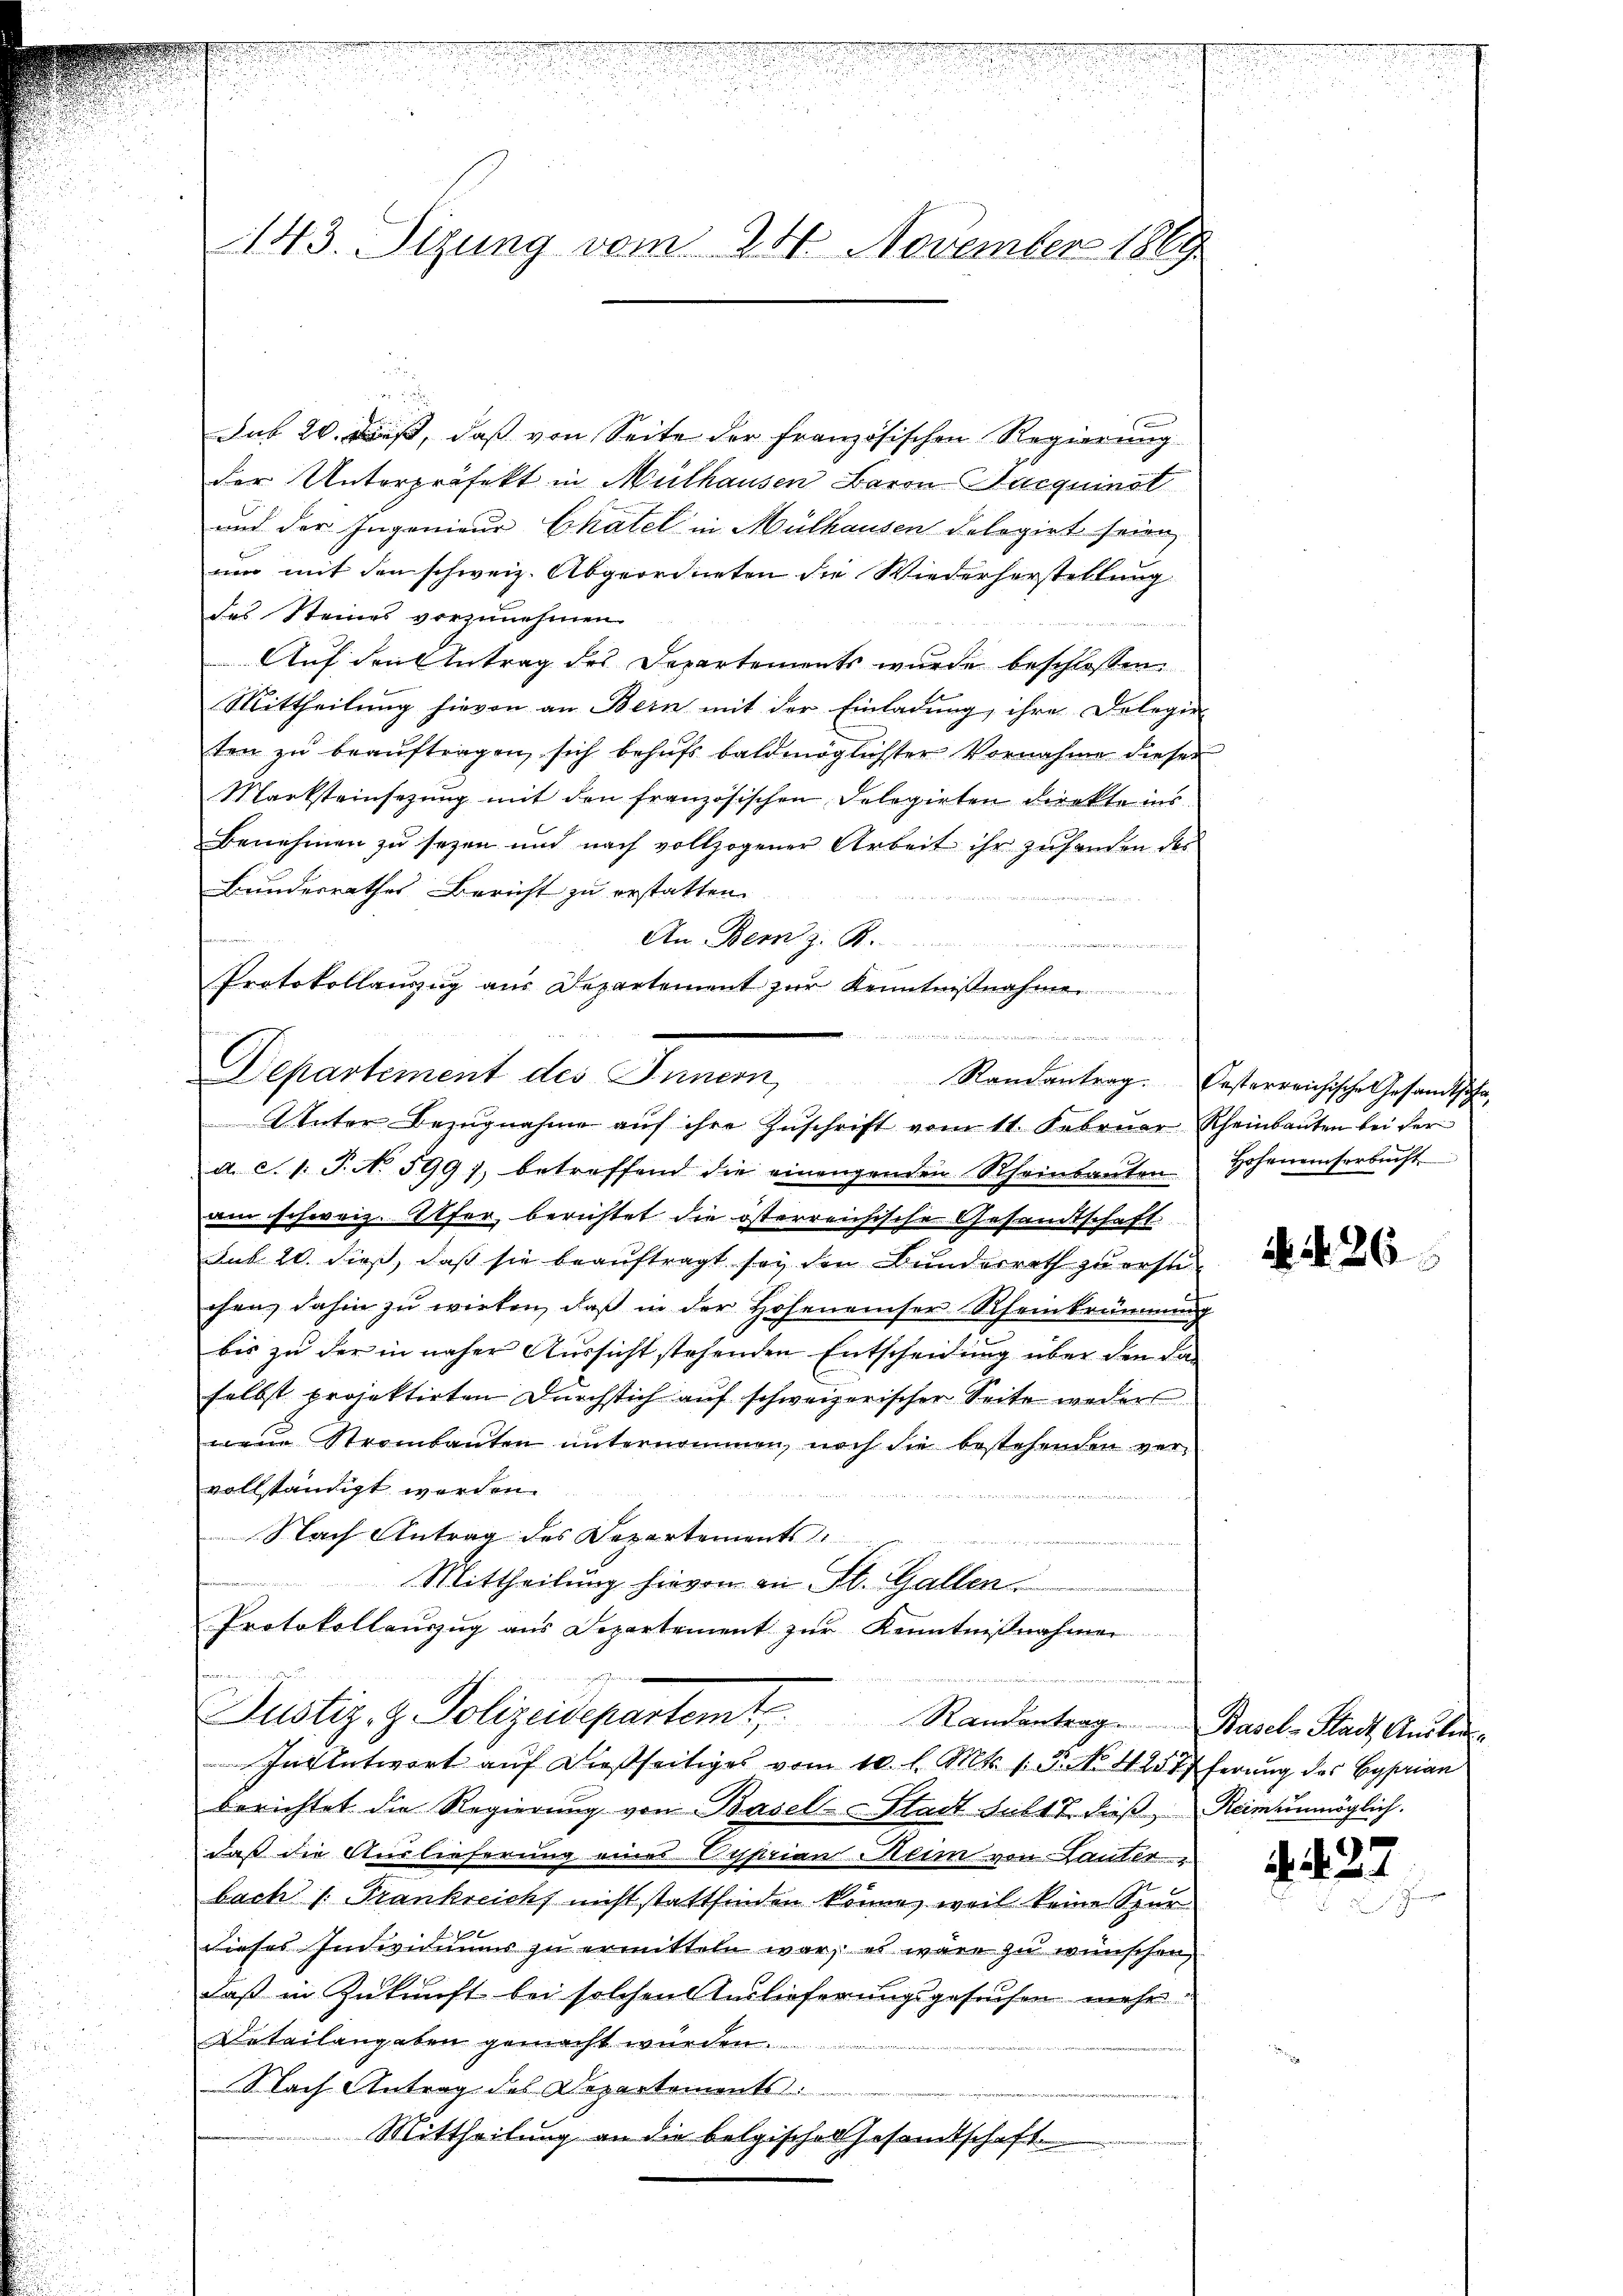
e
n

143. Sizung vom 24. November 1869

i
Sub 20. Daß, daß von Seite der französischen Regierung
der Unterpräfekt in Mülhausen Baron Sacquinot
und der Ingenieur Chatel in Mülhausen dologirt seien,
um mit den schweiz. Abgeordneten die Wiederhorstellung
des Steines vorzunehmen.

Auf den Antrag des Departements wurde beschlossen:
Mittheilung hievon an Bern mit der Einladung, ihre Delegier
ten zŭ beaŭftragen, sich behŭfs baldmöglichster Vornahme dieser
Marksteinsezung mit den französischen Delegieten direkte ins
Benehmen zu seyen und nach vollzogener Arbeit ihr zufanden des
Bunderrathes Bericht zu erstatten.

An Bern z. B.
  der die
Protokollanzug aus Departement zŭr Kenntnisnah
UUnter Bezugnahme aŭf ihre Zuschrift vom 11. Febrŭar Rheinbauten bei der
a. c. 1. P. No 599), betroffend die einengenden Rheinsanten. Hohenensarbŭcht
am schweiz. Alfer berichtet die österreichische Gesandtschaft
Sub 20. dieß, daß sie beauftragt sey den Bunderrath zu erstechen, dahin zu wirken, daß in der Hoheneinser Rheinkräumung
bis zu der in näher Aussicht stehenden Entscheidung über den da
selbst projektirten Durchstich auf schweizerischer Seite weders
neue Strombauten unternommen, noch die bestehenden ver-
vollständigt werden.
.
Nach Antrag des Departements
n
Mittheilung hievon an St. Gallen.
Protokollauszug aus Departement zŭr Kenntnißnahmen
ommann ministru
Justiz- & Polizeidepartemt Randantrag Basel-Stadt, Antra-
In Antwort auf dießseitiges vom 10. l. Mts. s. 3. No. 420 Pferung des Byprian
berichtet die Regierung von Basel-Stadt subt 7. dieß, Reimunmöglich.
daß die Auslieferung eines Syprian Heim von Landle
bach /: Frankreichs nicht stattfinden könne, weil keine Spur
dieses Individuums zu ermitteln war, es wäre zu wünschen,
daß in Zukunft bei solchen Auslieferungsgesuchen mehr
Detailangaben gemacht wurden.
Nach Antrag des Departements
Mittheilung an die belgische Gesamtschaft

eeignet werden der sei der deutenden sind der
Departement des Innern, Randantrag. Pasterreichische Gesandtsche

4 26

. . .